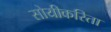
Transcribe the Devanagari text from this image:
सोयीकरिता